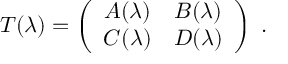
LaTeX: { \cal T } ( \lambda ) = \left( \begin{array} { c c } { { A ( \lambda ) } } & { { B ( \lambda ) } } \\ { { C ( \lambda ) } } & { { D ( \lambda ) } } \end{array} \right) \ .